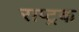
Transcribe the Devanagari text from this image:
राष्ट्रक